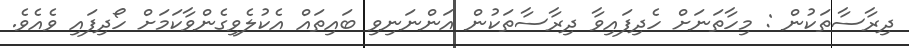
ދިރާސާތަކުން : މިހާތަނަށް ހެދިފައިވާ ދިރާސާތަކުން އަންނަނިވި ބައިތައް އެކުލެވިގެންވާކަމަށް ހޯދިފައި ވެއެވެ.